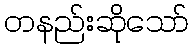
တနည်းဆိုသော်